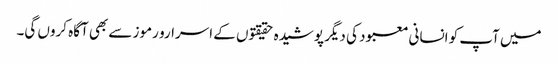
میں آپ کو انسانی معبود کی دیگر پوشیدہ حقیقتوں کے اسرارو رموز سے بھی آگاہ کروں گی۔